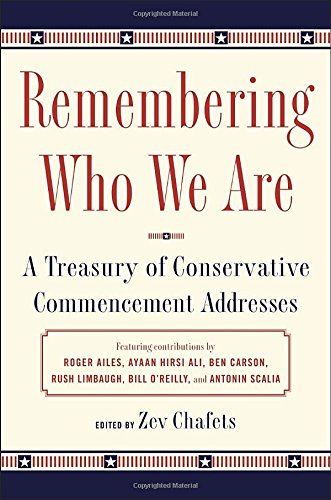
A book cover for Remembering Who We Are: A Treasury of Conservative Commencement Addresses; Zev Chafets; Literature & Fiction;